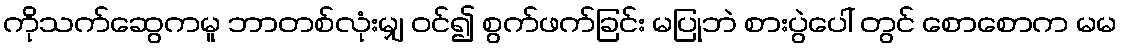
ကိုသက်ဆွေကမူ ဘာတစ်လုံးမျှ ဝင်၍ စွက်ဖက်ခြင်း မပြုဘဲ စားပွဲပေါ် တွင် စောစောက မမ